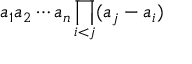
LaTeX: a _ { 1 } a _ { 2 } \cdots a _ { n } \prod _ { i < j } ( a _ { j } - a _ { i } )